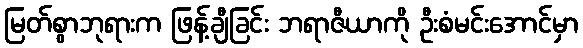
မြတ်စွာဘုရားက ဖြန့်ချီခြင်း ဘရာဇီယာကို ဦးစံမင်းအောင်မှာ